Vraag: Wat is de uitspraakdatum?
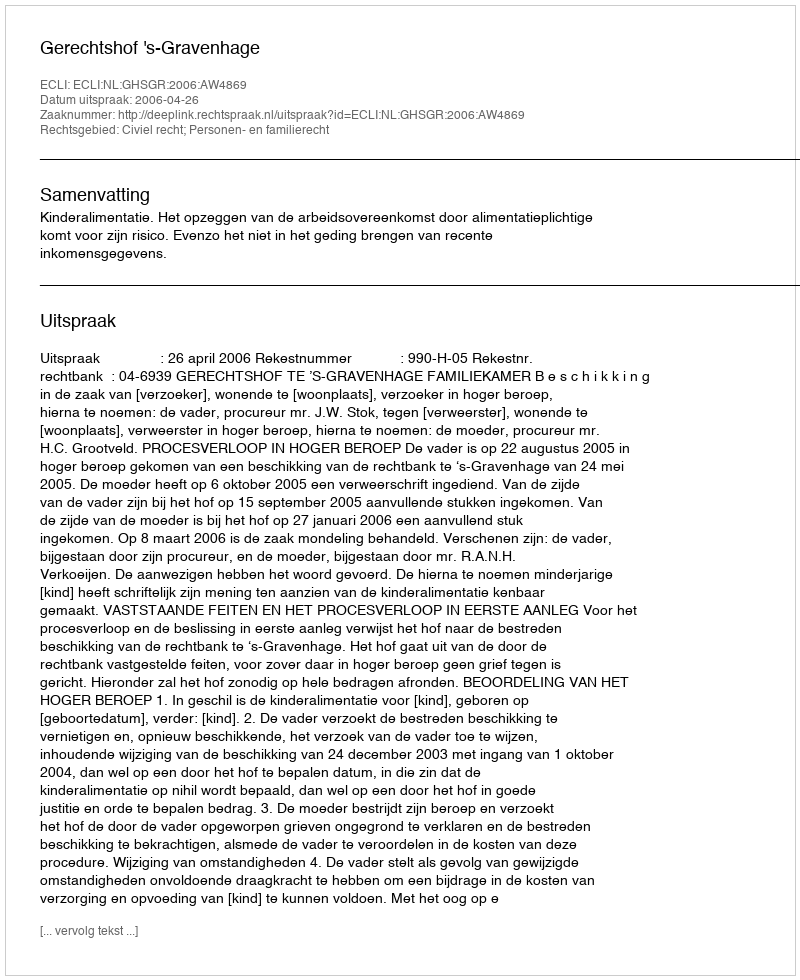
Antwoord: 2006-04-26